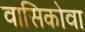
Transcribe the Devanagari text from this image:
वासिकोवा